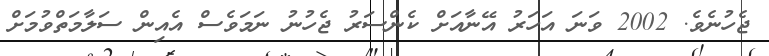
ޖެހުނެވެ. 2002 ވަނަ އަހަރު އޭނާއަށް ކެންސަރު ޖެހުނު ނަމަވެސް އެއިން ސަލާމަތްވުމަށް